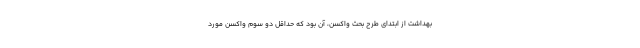
بهداشت از ابتدای طرح بحث واکسن، آن بود که حداقل دو سوم واکسن مورد